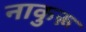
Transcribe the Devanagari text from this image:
नाकुरू